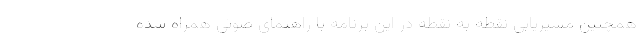
همچنین مسیریابی نقطه به نقطه در این برنامه با راهنمای صوتی همراه شده